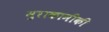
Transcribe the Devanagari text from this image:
मुराकामीकी